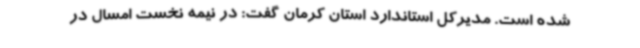
شده است. مدیرکل استاندارد استان کرمان گفت: در نیمه نخست امسال در